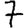
Digit: 7